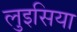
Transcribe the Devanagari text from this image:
लुइसिया